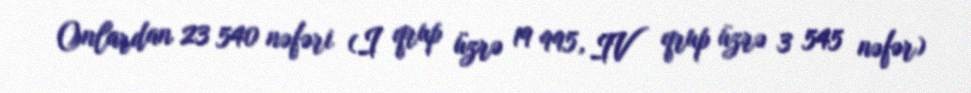
Onlardan 23 540 nəfəri (I qrup üzrə 19 995, IV qrup üzrə 3 545 nəfər)